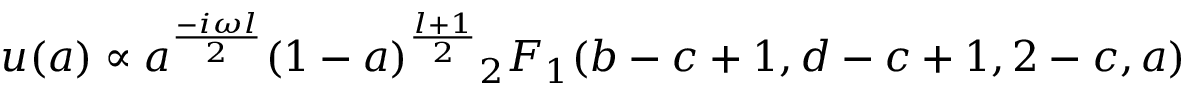
u ( a ) \propto a ^ { \frac { - i \omega l } { 2 } } ( 1 - a ) ^ { \frac { l + 1 } { 2 } } { } _ { 2 } F _ { 1 } ( b - c + 1 , d - c + 1 , 2 - c , a )